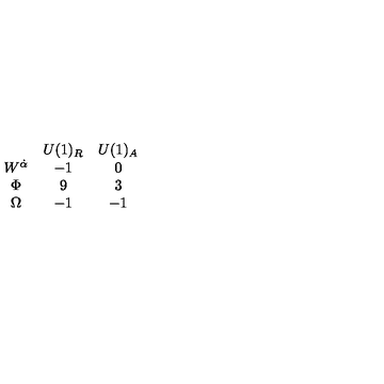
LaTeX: \begin{array} { c c c } { } & { U ( 1 ) _ { R } } & { U ( 1 ) _ { A } } \\ { W ^ { \dot { \alpha } } } & { - 1 } & { 0 } \\ { \Phi } & { 9 } & { 3 } \\ { \Omega } & { - 1 } & { - 1 } \\ \end{array}